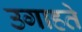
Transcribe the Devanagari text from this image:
उगाहते